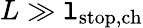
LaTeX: L\gg\mathtt{l}_{\mathrm{{stop,ch}}}